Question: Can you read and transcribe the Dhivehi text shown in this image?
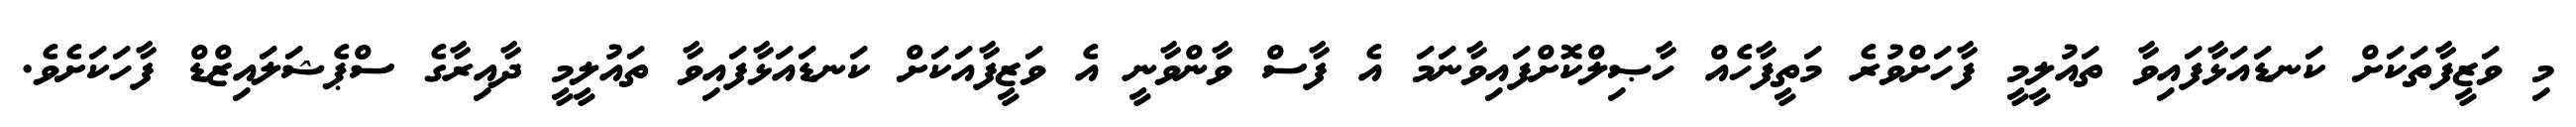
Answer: މި ވަޒީފާތަކަށް ކަނޑައަޅާފައިވާ ތައުލީމީ ފާހަށްވުރެ މަތީފާހެއް ހާޞިލްކޮށްފައިވާނަމަ އެ ފާސް ވާންވާނީ އެ ވަޒީފާއަކަށް ކަނޑައަޅާފައިވާ ތައުލީމީ ދާއިރާގެ ސްޕެޝަލައިޒްޑް ފާހަކަށެވެ.